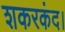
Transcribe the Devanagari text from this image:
शकरकंद।